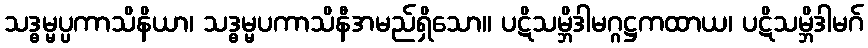
သဒ္ဓမ္မပ္ပကာသိနိယာ၊ သဒ္ဓမ္မပကာသိနီအမည်ရှိသော။ ပဋိသမ္ဘိဒါမဂ္ဂဋ္ဌကထာယ၊ ပဋိသမ္ဘိဒါမဂ်